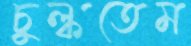
চুল্‌কতেম